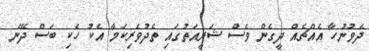
ދެވުނުހާ އެއްޗެއް ދީގެން ވެސް ޝަރީއަތުގައި ތެދުވެރިކަމާ އެކު ހެކި ބަސް ދޭނެ